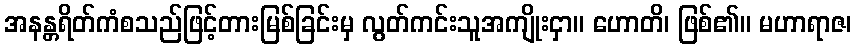
အနန္တရိတ်ကံစသည်ဖြင့်တားမြစ်ခြင်းမှ လွတ်ကင်းသူအကျိုးငှာ။ ဟောတိ၊ ဖြစ်၏။ မဟာရာဇ၊